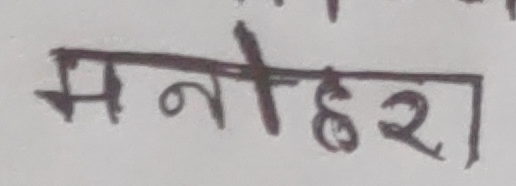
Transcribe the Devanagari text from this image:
मनोहर